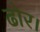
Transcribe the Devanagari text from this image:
ढोर।